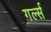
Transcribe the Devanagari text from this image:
गर्ल्‍स